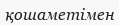
қошаметімен